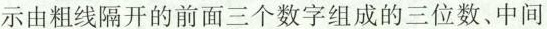
示由粗线隔开的前面三个数字组成的三位数、中间